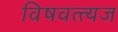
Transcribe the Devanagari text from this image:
विषवत्त्यज